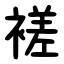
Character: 褨